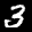
Label: 3